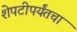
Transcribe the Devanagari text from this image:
शेपटीपर्यंतचा